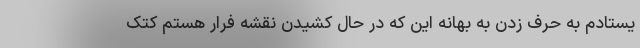
یستادم به حرف زدن به بهانه این که در حال کشیدن نقشه فرار هستم کتک